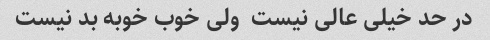
در حد خیلی عالی نیست  ولی خوب خوبه بد نیست